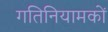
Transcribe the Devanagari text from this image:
गतिनियामकों